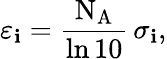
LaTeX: \varepsilon_{\mathbf{i}}={\frac{{\mathrm{{N_{A}}}}}{{\ln{10}}}}\, \sigma_{\mathbf{i}},